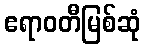
ဧရာဝတီမြစ်ဆုံ